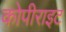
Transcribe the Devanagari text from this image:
कोपीराइट